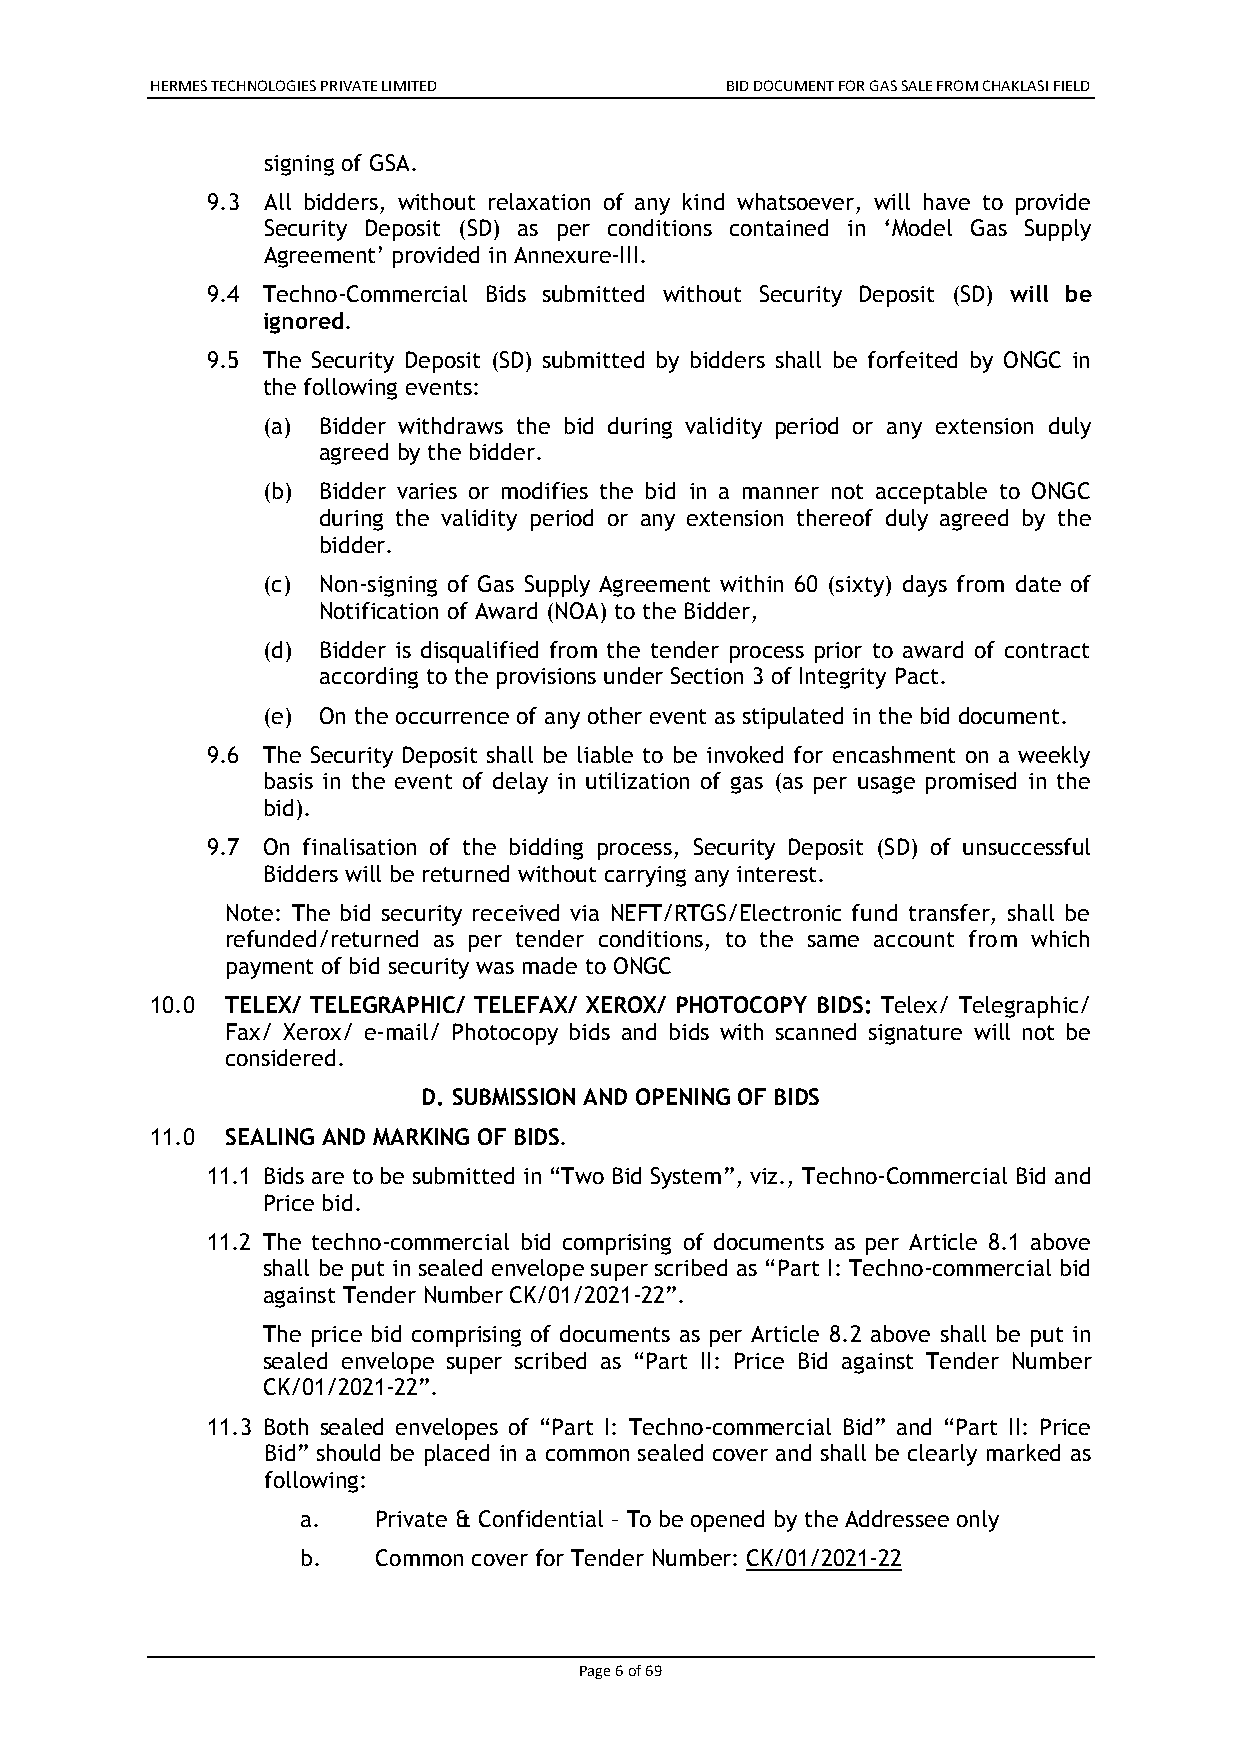
HERMES TECHNOLOGIES PRIVATE LIMITED   BID DOCUMENT FOR GAS SALE FROM CHAKLASI FIELD
 signing of GSA.
 9.3 All bidders, without relaxation of any kind whatsoever, will have to provide
 Security Deposit (SD) as per conditions contained in ‘Model Gas Supply
 Agreement’ provided in Annexure-III.
 9.4 Techno-Commercial Bids submitted without Security Deposit (SD) will be
 ignored.
 9.5 The Security Deposit (SD) submitted by bidders shall be forfeited by ONGC in
 the following events:
 (a) Bidder withdraws the bid during validity period or any extension duly
 agreed by the bidder.
 (b) Bidder varies or modifies the bid in a manner not acceptable to ONGC
 during the validity period or any extension thereof duly agreed by the
 bidder.
 (c) Non-signing of Gas Supply Agreement within 60 (sixty) days from date of
 Notification of Award (NOA) to the Bidder,
 (d) Bidder is disqualified from the tender process prior to award of contract
 according to the provisions under Section 3 of Integrity Pact.
 (e) On the occurrence of any other event as stipulated in the bid document.
 9.6 The Security Deposit shall be liable to be invoked for encashment on a weekly
 basis in the event of delay in utilization of gas (as per usage promised in the
 bid).
 9.7 On finalisation of the bidding process, Security Deposit (SD) of unsuccessful
 Bidders will be returned without carrying any interest.
 Note: The bid security received via NEFT/RTGS/Electronic fund transfer, shall be
 refunded/returned as per tender conditions, to the same account from which
 payment of bid security was made to ONGC
 10.0 TELEX/ TELEGRAPHIC/ TELEFAX/ XEROX/ PHOTOCOPY BIDS: Telex/ Telegraphic/
 Fax/ Xerox/ e-mail/ Photocopy bids and bids with scanned signature will not be
 considered.
 D. SUBMISSION AND OPENING OF BIDS
 11.0 SEALING AND MARKING OF BIDS.
 11.1 Bids are to be submitted in “Two Bid System”, viz., Techno-Commercial Bid and
 Price bid.
 11.2 The techno-commercial bid comprising of documents as per Article 8.1 above
 shall be put in sealed envelope super scribed as “Part I: Techno-commercial bid
 against Tender Number CK/01/2021-22”.
 The price bid comprising of documents as per Article 8.2 above shall be put in
 sealed envelope super scribed as “Part II: Price Bid against Tender Number
 CK/01/2021-22”.
 11.3 Both sealed envelopes of “Part I: Techno-commercial Bid” and “Part II: Price
 Bid” should be placed in a common sealed cover and shall be clearly marked as
 following:
 a.   Private & Confidential – To be opened by the Addressee only
 b.   Common cover for Tender Number: CK/01/2021-22
 Page 6 of 69